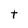
Character: t